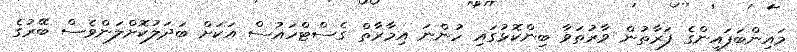
މައިންބަފައިންގެ ފަރާތުން ވާރުތަވާ ބިންކޮޅުގައި ހުންނަ އިމާރާތް ގެސްޓްހައުސް އަކަށް ބަދަލުކޮށްލަންވެސް ބޭރުގެ